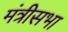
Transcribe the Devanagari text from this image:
मंत्रीसभा